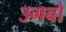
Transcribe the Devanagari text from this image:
उगवो